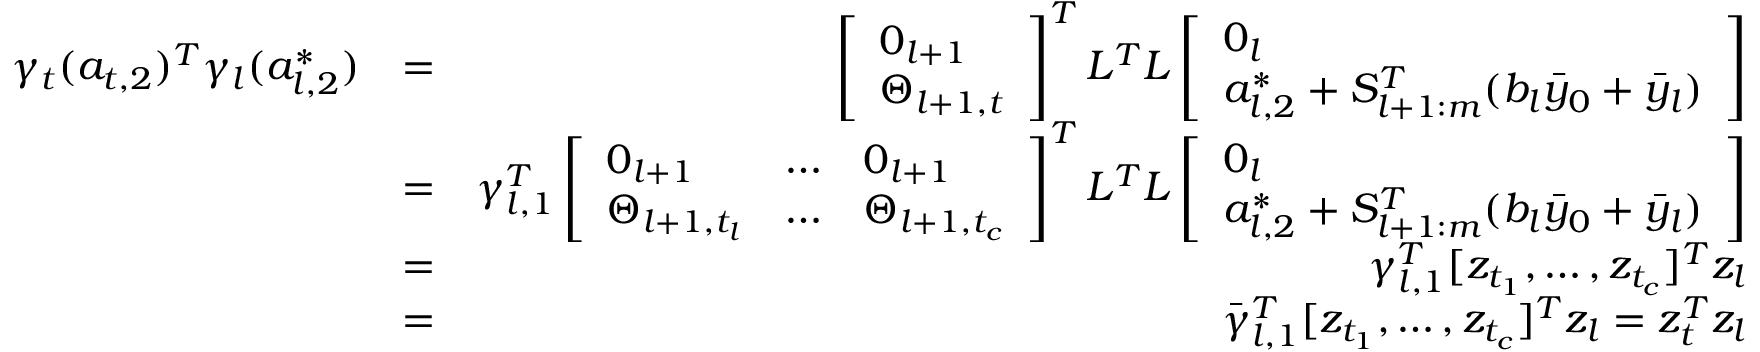
\begin{array} { r l r } { \gamma _ { t } ( a _ { t , 2 } ) ^ { T } \gamma _ { l } ( a _ { l , 2 } ^ { * } ) } & { = } & { \left[ \begin{array} { l } { 0 _ { l + 1 } } \\ { \Theta _ { l + 1 , t } } \end{array} \right] ^ { T } L ^ { T } L \left[ \begin{array} { l } { 0 _ { l } } \\ { a _ { l , 2 } ^ { * } + S _ { l + 1 : m } ^ { T } ( b _ { l } \bar { y } _ { 0 } + \bar { y } _ { l } ) } \end{array} \right] } \\ & { = } & { \gamma _ { l , 1 } ^ { T } \left[ \begin{array} { l l l } { 0 _ { l + 1 } } & { \dots } & { 0 _ { l + 1 } } \\ { \Theta _ { l + 1 , t _ { l } } } & { \dots } & { \Theta _ { l + 1 , t _ { c } } } \end{array} \right] ^ { T } L ^ { T } L \left[ \begin{array} { l } { 0 _ { l } } \\ { a _ { l , 2 } ^ { * } + S _ { l + 1 : m } ^ { T } ( b _ { l } \bar { y } _ { 0 } + \bar { y } _ { l } ) } \end{array} \right] } \\ & { = } & { \gamma _ { l , 1 } ^ { T } [ z _ { t _ { 1 } } , \dots , z _ { t _ { c } } ] ^ { T } z _ { l } } \\ & { = } & { \bar { \gamma } _ { l , 1 } ^ { T } [ z _ { t _ { 1 } } , \dots , z _ { t _ { c } } ] ^ { T } z _ { l } = z _ { t } ^ { T } z _ { l } } \end{array}